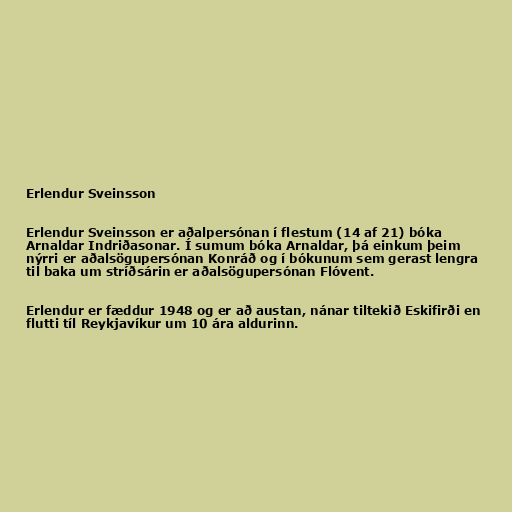
Erlendur Sveinsson

Erlendur Sveinsson er aðalpersónan í flestum (14 af 21) bóka
Arnaldar Indriðasonar. Í sumum bóka Arnaldar, þá einkum þeim
nýrri er aðalsögupersónan Konráð og í bókunum sem gerast lengra
til baka um stríðsárin er aðalsögupersónan Flóvent.

Erlendur er fæddur 1948 og er að austan, nánar tiltekið Eskifirði en
flutti tíl Reykjavíkur um 10 ára aldurinn.